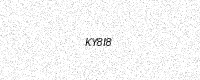
Text: KY8I8